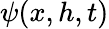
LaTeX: \psi(x,h,t)